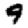
Digit: 9